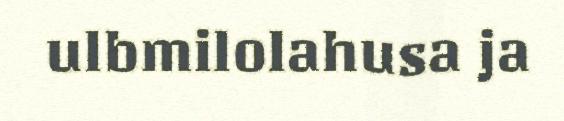
ulbmilolahusa ja